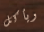
ويأكل